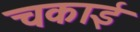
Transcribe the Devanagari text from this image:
चकाई